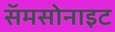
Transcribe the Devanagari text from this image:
सॅमसोनाइट